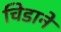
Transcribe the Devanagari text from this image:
चिडाने